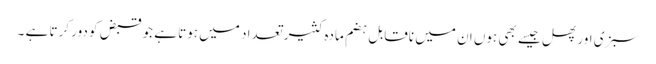
سبزی اور پھل جیسے بھی ہوں ان میں ناقابلِ ہضم مادہ کثیر تعداد میں ہوتا ہے جو قبض کو دور کرتا ہے ۔